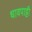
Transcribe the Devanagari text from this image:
धावपाट्टी